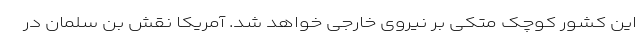
این کشور کوچک متکی بر نیروی خارجی خواهد شد. آمریکا نقش بن سلمان در